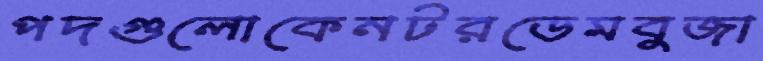
পদগুলোকেনটরডেমবুজা